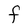
Character: F